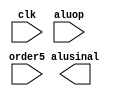
module ALUControl(
    input             clk,
    input  [3:0]      aluop,
    input  [5:0]      order5,
    output [5:0]      alusinal
);

reg         [5:0]     outr;
always @(posedge clk)
begin
	case (order5)
        6'b000000 : begin
            case (aluop)
                6'b100000 : outr = 4'b0000;  //add
                6'b100001 : outr = 4'b0000;  //addu
                6'b100010 : outr = 4'b0001;  //sub
                6'b100011 : outr = 4'b0001;  //subu
                6'b100100 : outr = 4'b0010;  //and
                6'b100101 : outr = 4'b0011;  //or
                6'b100110 : outr = 4'b0100;  //xor
                6'b100111 : outr = 4'b0101;  //nor
                6'b101010 : outr = 4'b0110;  //
                6'b101011 : outr = 4'b0110;
                6'b000000 : outr = 4'b1000;  //
                6'b000010 : outr = 4'b1001;  //
                6'b000011 : outr = 4'b1010;  //
                6'b000100 : outr = 4'b1000;  //
                6'b000110 : outr = 4'b1001;  //
                6'b000111 : outr = 4'b1010;  //
                6'b001000 : outr = 4'b0000;  //jr
                default   : outr = 4'b0000; 
            endcase
        end
        6'b001000 : outr = 4'b0000;
        6'b001001 : outr = 4'b0000;
        6'b001100 : outr = 4'b0010;
        6'b001101 : outr = 4'b0011;
        6'b001110 : outr = 4'b0100;
        6'b001111 : outr = 4'b1100;
        6'b100011 : outr = 4'b0000;
        6'b101011 : outr = 4'b0000;
        6'b000100 : outr = 4'b0010;
        6'b000101 : outr = 4'b1011;
        6'b001010 : outr = 4'b0110;
        6'b001011 : outr = 4'b0110;
        default   : outr = 4'b0000;

    endcase
end

endmodule